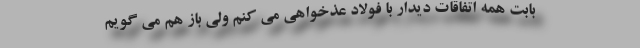
بابت همه اتفاقات دیدار با فولاد عذخواهی می کنم ولی باز هم می گویم